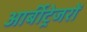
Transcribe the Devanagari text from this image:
आर्बीट्रेजरों